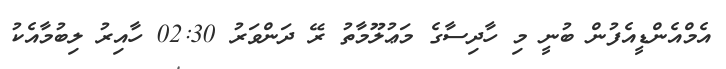
އެމްއެންޑީއެފުން ބުނީ މި ހާދިސާގެ މަޢުލޫމާތު ރޭ ދަންވަރު 02:30 ހާއިރު ލިބުމާއެކު